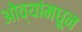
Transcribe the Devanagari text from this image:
ओव्यांमधून